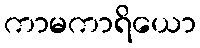
ကာမကာရိယော